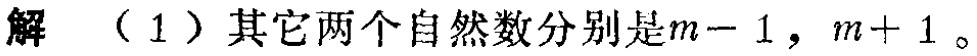
解 （1）其它两个自然数分别是\(m - 1\)，\(m + 1\)。